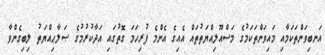
އަނބިވަންތަކަމާއި މައިވަންތަކަމުގެ މަސްއޫލިއްޔަތުތައް އެއިގެ އެންމެ ފުރިހަމަ ގޮތުގައި އަދާކުރުމުގެ ޞަލާޙިއްޔަތު ލިބިގެންވާ